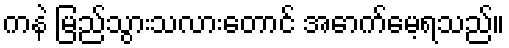
ကနဲ မြည်သွားသလားတောင် အောက်မေ့ရသည်။